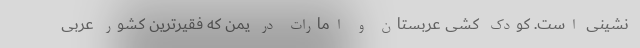
‌نشینی است. کودک کشی عربستان و امارات در یمن که فقیرترین کشور عربی